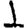
Digit: 1